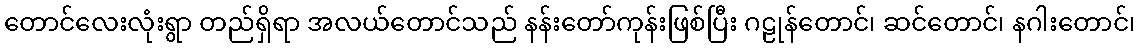
တောင်လေးလုံးရွာ တည်ရှိရာ အလယ်တောင်သည် နန်းတော်ကုန်းဖြစ်ပြီး ဂဠုန်တောင်၊ ဆင်တောင်၊ နဂါးတောင်၊